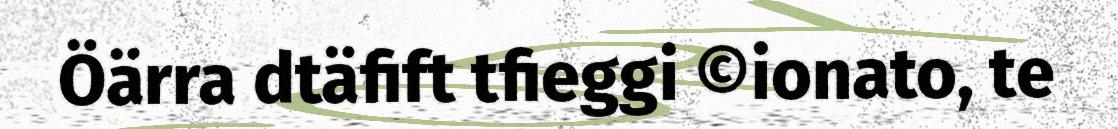
Öärra dtäfift tfieggi ©ionato, te